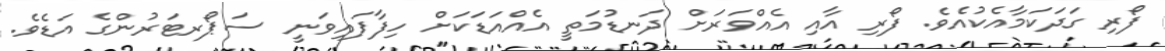
ފޯރި ގަދަކަމާއެކުއެވެ. ފޯރި އާއި އެއްވަރަށް ދަނޑުމަތީ އެއްއަޑަކަށް ހިފާފައިވަނީ ސަޕޯރޓަރުންގެ އަޑެވެ.